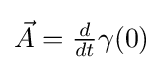
{\textstyle {\vec {A}}={\frac {d}{dt}}\gamma (0)}